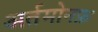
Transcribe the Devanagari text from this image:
अर्तमोनफ़